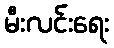
မီးလင်းရေး